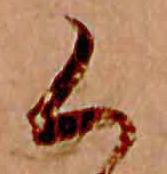
く